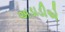
અડાડીએ